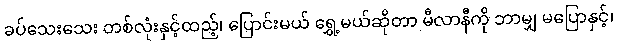
ခပ်သေးသေး တစ်လုံးနှင့်ထည့်၊ ပြောင်းမယ် ရွှေ့မယ်ဆိုတာ မီလာနီကို ဘာမျှ မပြောနှင့်၊